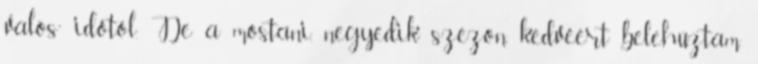
„valós” időtől. De a mostani, negyedik szezon kedvéért belehúztam